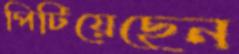
পিটিয়েছেন